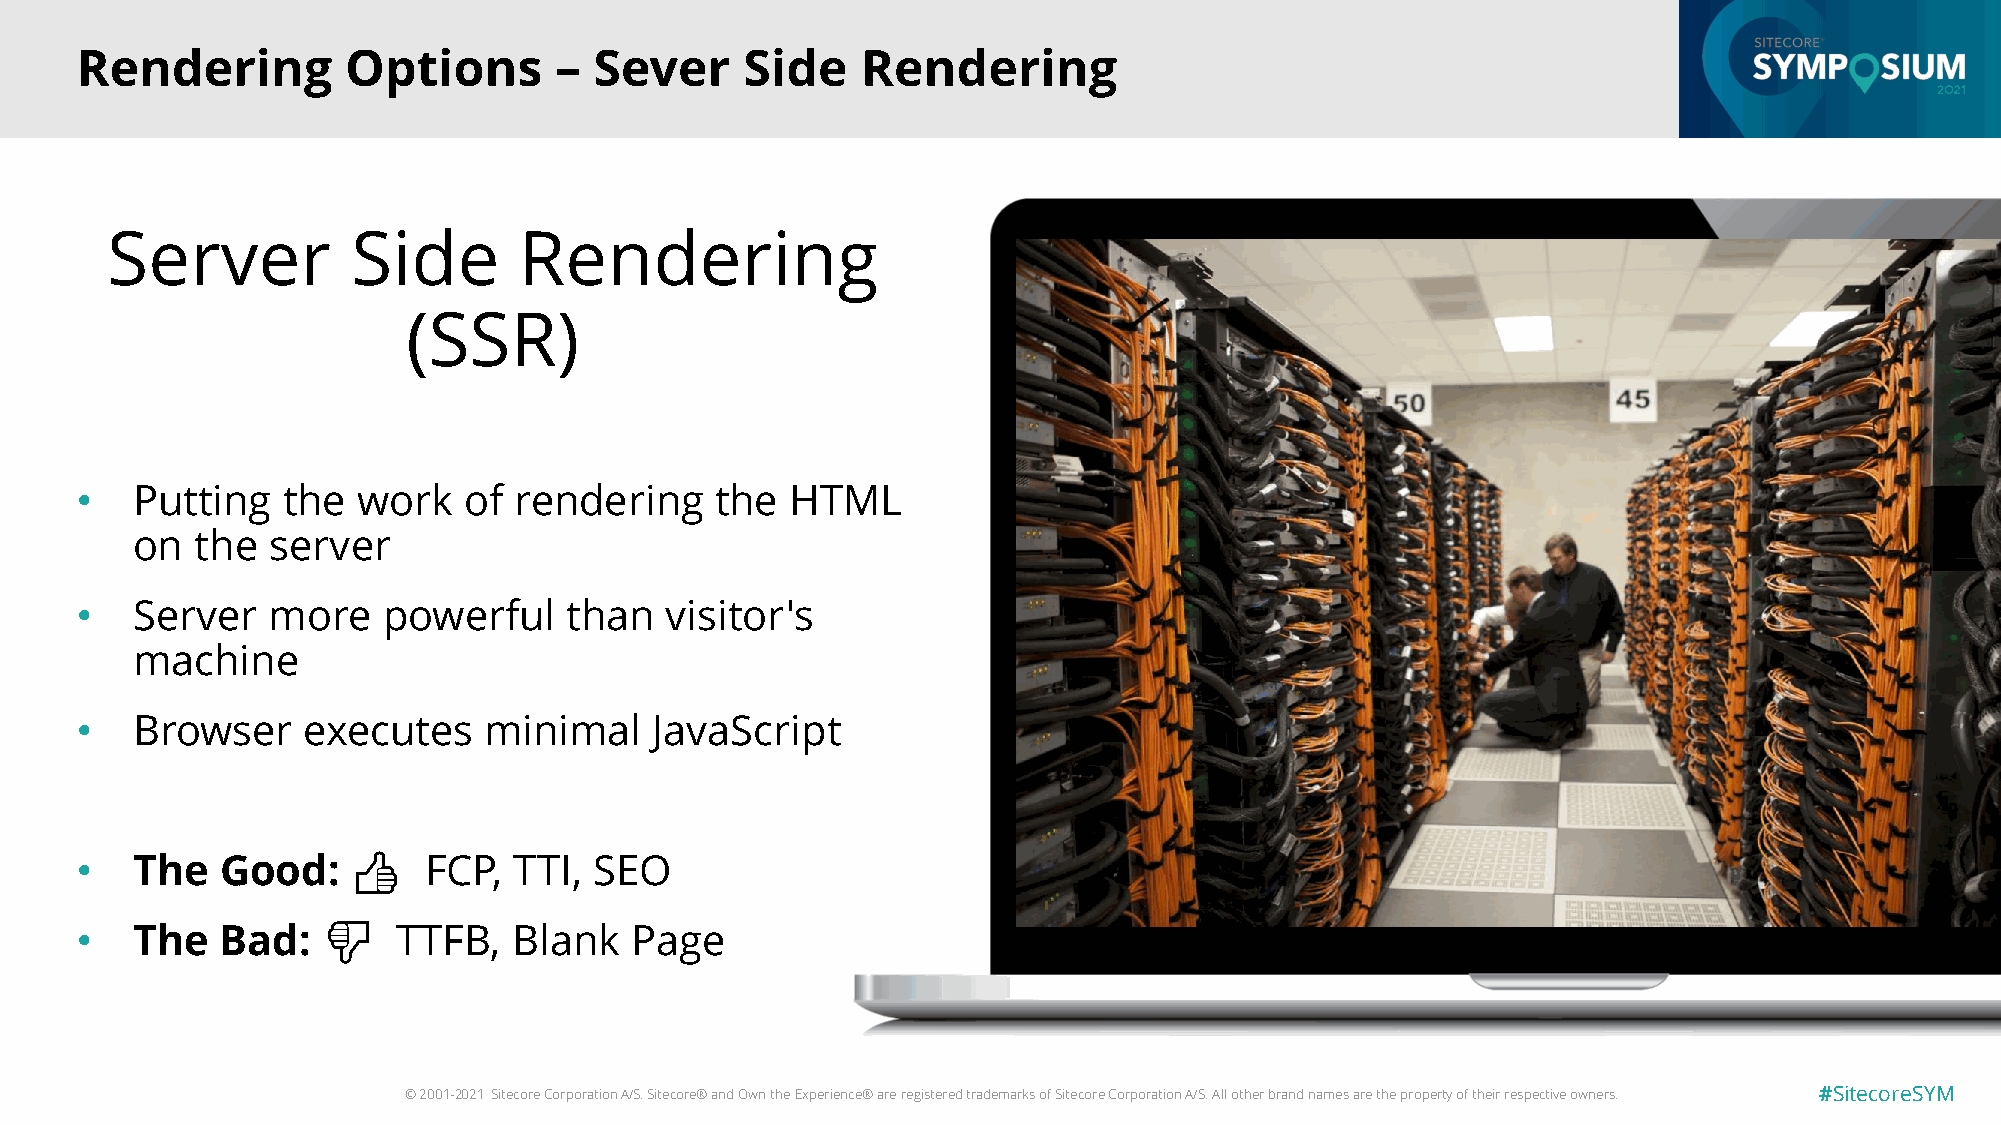
Rendering         Options       – Sever     Side    Rendering
 Server          Side       Rendering
 (SSR)
 •   Putting   the  work   of rendering    the  HTML
 on  the  server
 •   Server   more   powerful    than   visitor's
 machine
 •   Browser    executes    minimal    JavaScript
 •   The   Good:   👍    FCP,  TTI, SEO
 •   The   Bad:  👎    TTFB,   Blank   Page
 © 2001-2021 Sitecore Corporation A/S. Sitecore® and Own the Experience® are registered trademarks of Sitecore Corporation A/S. All other brand names are the property of their respective owners. #SitecoreSYM